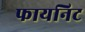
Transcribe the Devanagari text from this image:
फायनिट